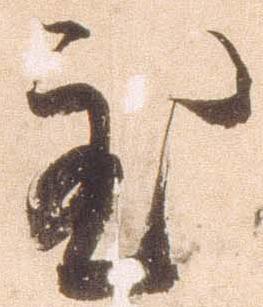
至